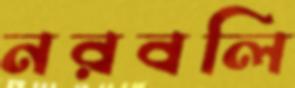
নরবলি